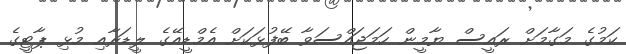
ކަމުގެ މަގާމަށް ރައީސް ޔާމީން ހަމަޖައްސަވާ ބޭފުޅަކަށް އެމްޑީއޭގެ ލީޑަރާއި މުޅި ޕާޓީގެ